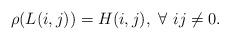
LaTeX: \begin{align*}\rho(L(i,j))=H(i,j),\ \forall\ ij\neq0.\end{align*}